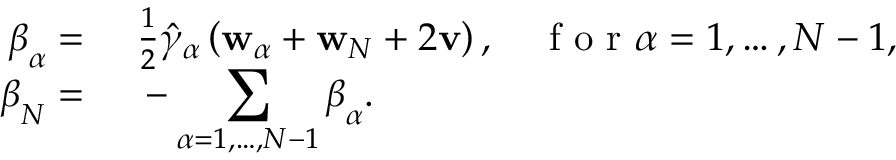
\begin{array} { r l } { \boldsymbol { \beta } _ { \alpha } = } & { { } ~ \frac { 1 } { 2 } \hat { \gamma } _ { \alpha } \left( \mathbf { w } _ { \alpha } + \mathbf { w } _ { N } + 2 \mathbf { v } \right) , \quad \mathrm { ~ f ~ o ~ r ~ } \alpha = 1 , \dots , N - 1 , } \\ { \boldsymbol { \beta } _ { N } = } & { { } ~ - \displaystyle \sum _ { \alpha = 1 , \dots , N - 1 } \boldsymbol { \beta } _ { \alpha } . } \end{array}